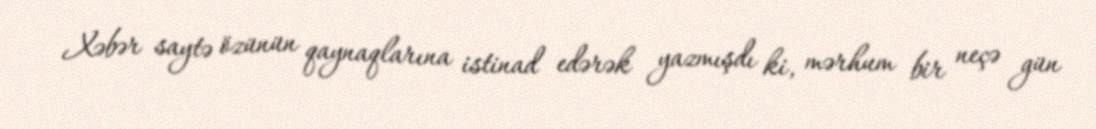
Xəbər saytə özünün qaynaqlarına istinad edərək yazmışdı ki, mərhum bir neçə gün